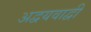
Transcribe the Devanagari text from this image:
अद्वयवाद्वी